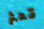
تعثر